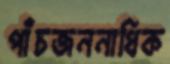
পাঁচজননাধিক